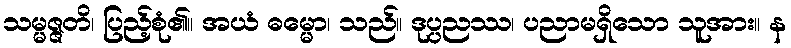
သမ္မဇ္ဇတိ၊ ပြည့်စုံ၏။ အယံ ဓမ္မော၊ သည်။ ဒုပ္ပညဿ၊ ပညာမရှိသော သူအား။ န